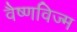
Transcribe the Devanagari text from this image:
वैष्णविज्म